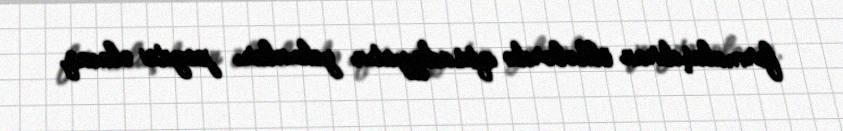
formalaşdıran ölkələrdə iqtisadiyyatın yekunları pozitiv olacaq.